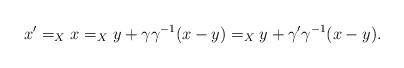
LaTeX: \begin{align*}x'=_Xx=_Xy+\gamma\gamma^{-1}(x-y)=_Xy+\gamma'\gamma^{-1}(x-y).\end{align*}